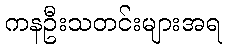
ကနဦးသတင်းများအရ